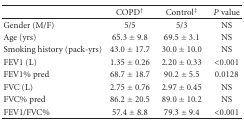
|  | COPD† | Control‡ | P value |
 | --- | --- | --- | --- |
 | Gender (M/F) | 5/5 | 5/3 | NS |
 | Age (yrs) | 65.3 ± 9.8 | 69.5 ± 3.1 | NS |
 | Smoking history (pack-yrs) | 43.0 ± 17.7 | 30.0 ± 10.0 | NS |
 | FEV1 (L) | 1.35 ± 0.26 | 2.20 ± 0.33 | <0.001 |
 | FEV1% pred | 68.7 ± 18.7 | 90.2 ± 5.5 | 0.0128 |
 | FVC (L) | 2.75 ± 0.76 | 2.97 ± 0.45 | NS |
 | FVC% pred | 86.2 ± 20.5 | 89.0 ± 10.2 | NS |
 | FEV1/FVC% | 57.4 ± 8.8 | 79.3 ± 9.4 | <0.001 |